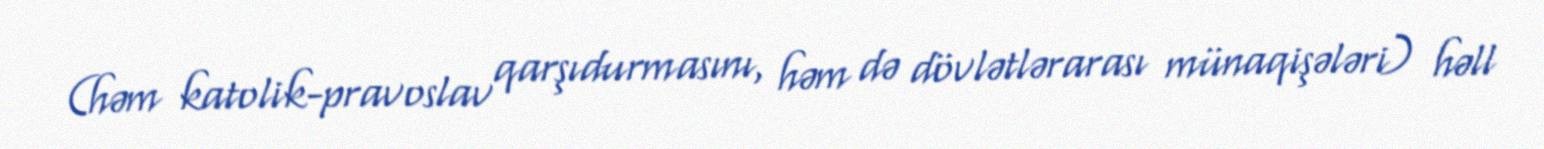
(həm katolik-pravoslav qarşıdurmasını, həm də dövlətlərarası münaqişələri) həll